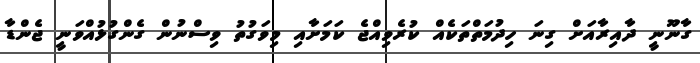
ގާނޫނީ ދާއިރާއަށް ގިނަ ހިދުމަތްތަކެއް ކުރެވިއްޖެ ކަމަށާއި މިވަގުތު ވިސްނުން ގެންގުޅުއްވަނީ ޖެންޑާ